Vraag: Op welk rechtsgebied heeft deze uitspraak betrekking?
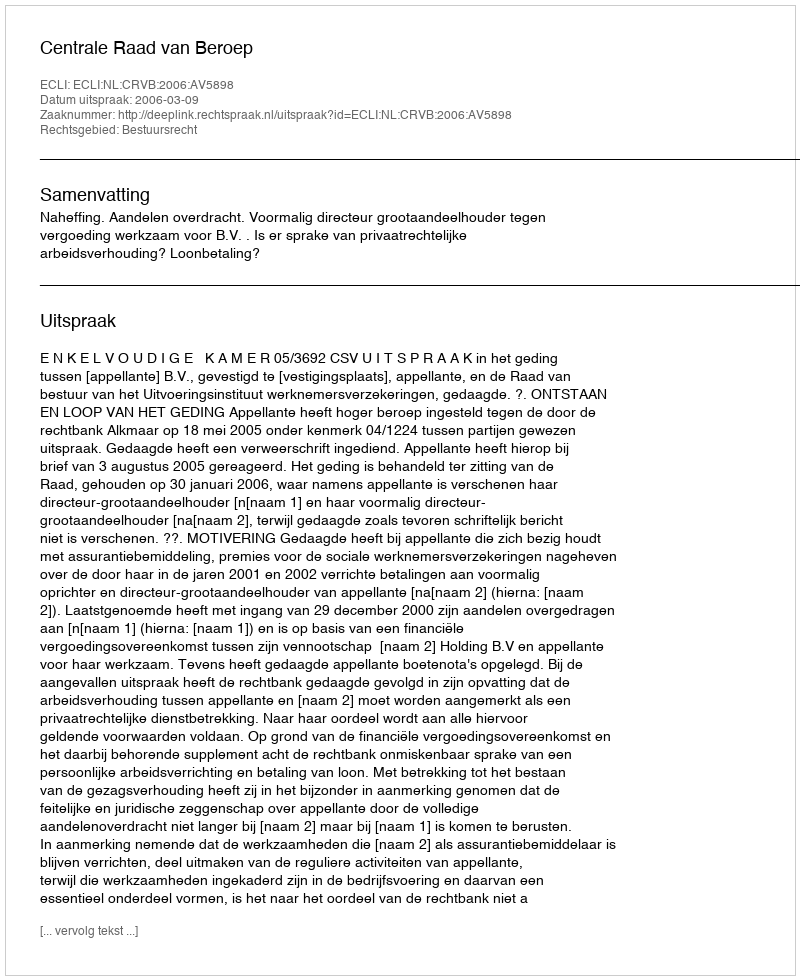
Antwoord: Bestuursrecht